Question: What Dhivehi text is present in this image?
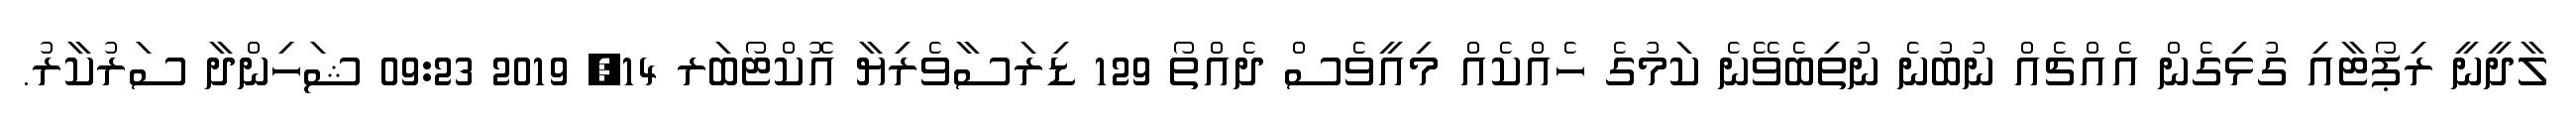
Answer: ލާދީނީ ރިޕޯޓާއި ގުޅިގެން އެއްޗެއް ނުބުނެ ނުތިބެވޭނެ ކަމުގެ ހެއްކެއް މިއީވެސް ދެއްތޯ 129 ޑިރަސާވެރިޔާ އޮކްޓޯބަރ 14, 2019 09:23 ޝަހިންދާ ސަރުކާރު.